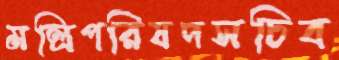
মন্ত্রিপরিষদসচিব